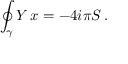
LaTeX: \oint _ { \gamma } Y \, \d x = - 4 i \pi S \, .